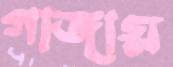
গাজায়